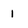
Character: i